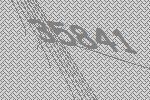
35841